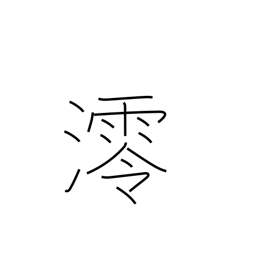
Meaning: shipping channel